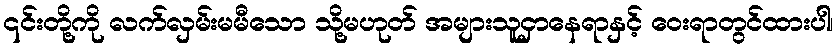
၎င်းတို့ကို လက်လှမ်းမမီသော သို့မဟုတ် အများသူငှာနေရာနှင့် ဝေးရာတွင်ထားပါ၊